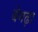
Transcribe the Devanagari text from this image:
बेगढ़ा